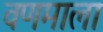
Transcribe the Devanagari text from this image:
वणमाला